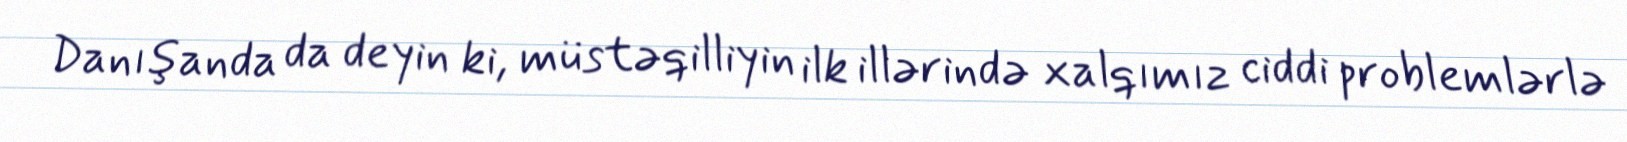
Danışanda da deyin ki, müstəqilliyin ilk illərində xalqımız ciddi problemlərlə